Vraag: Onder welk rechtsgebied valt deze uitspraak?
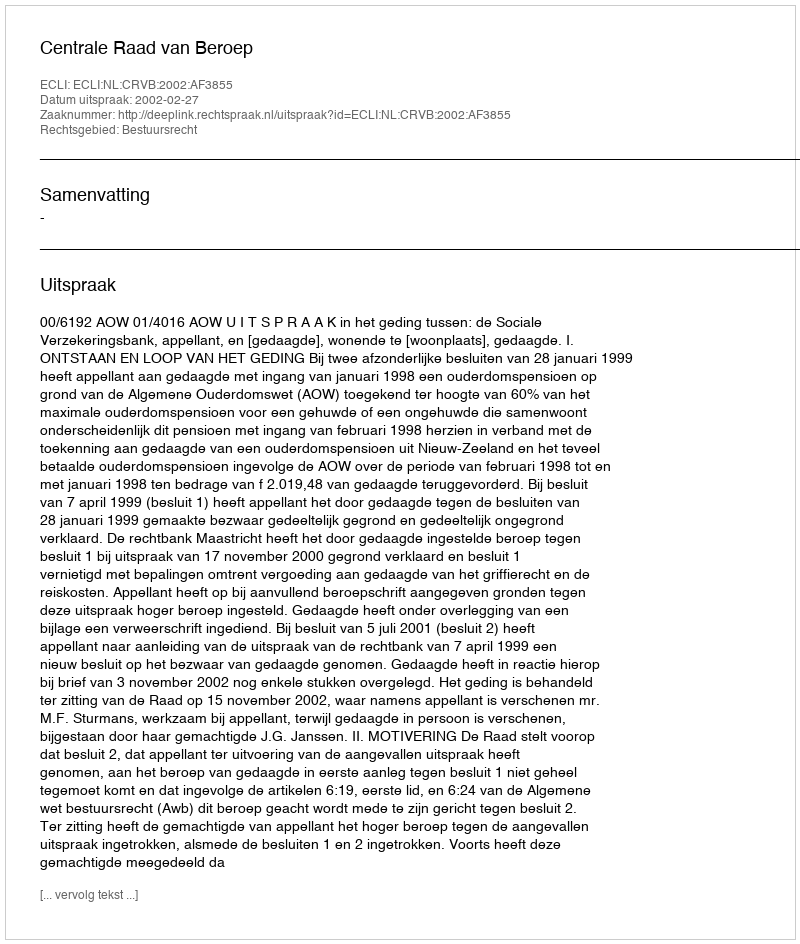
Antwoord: Bestuursrecht